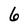
Character: 6